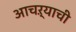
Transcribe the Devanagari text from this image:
आचऱ्याची